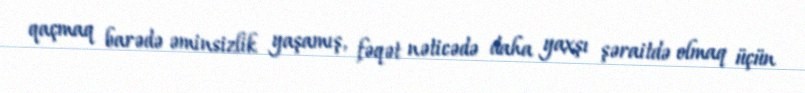
qaçmaq barədə əminsizlik yaşamış, fəqət nəticədə daha yaxşı şəraitdə olmaq üçün